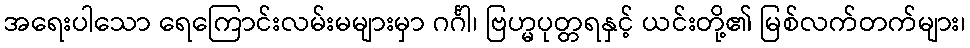
အရေးပါသော ရေကြောင်းလမ်းမများမှာ ဂင်္ဂါ၊ ဗြဟ္မပုတ္တရနှင့် ယင်းတို့၏ မြစ်လက်တက်များ၊